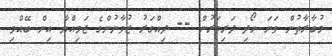
މުބާރާތުން ވަނަ ހޯދި ދަރިވަރުން -- ދިއްގަރު ޒުވާނުންގެ ޖަމިއްޔާ އިން ބޭއްވި